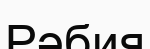
Рәбия